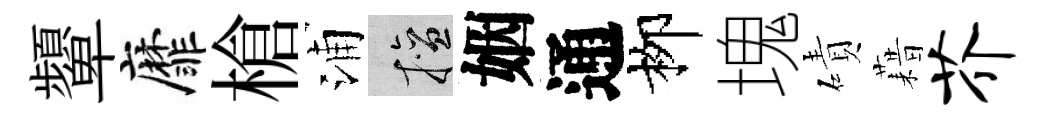
顰靡槍浦擅姻通栁塊磧藉芥